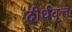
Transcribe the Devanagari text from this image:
दीर्धवृत्त